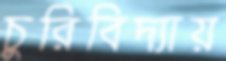
চুরিবিদ্যায়